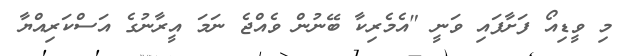
މި ވީޑިއޯ ފަށާފައި ވަނީ "އެމެރިކާ ބޭނުން ވެއްޖެ ނަމަ އީރާނުގެ އަސްކަރިއްޔާ